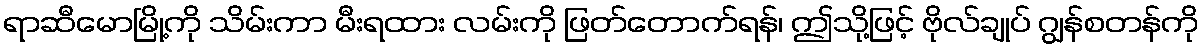
ရာဆီမောမြို့ကို သိမ်းကာ မီးရထား လမ်းကို ဖြတ်တောက်ရန်၊ ဤသို့ဖြင့် ဗိုလ်ချုပ် ဂျွန်စတန်ကို